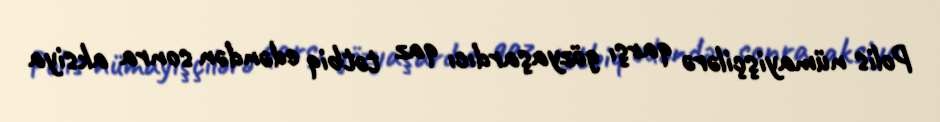
Polis nümayişçilərə qarşı gözyaşardıcı qaz tətbiq edəndən sonra aksiya